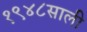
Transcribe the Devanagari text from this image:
१९४८साली